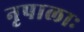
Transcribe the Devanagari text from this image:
नृपालाः